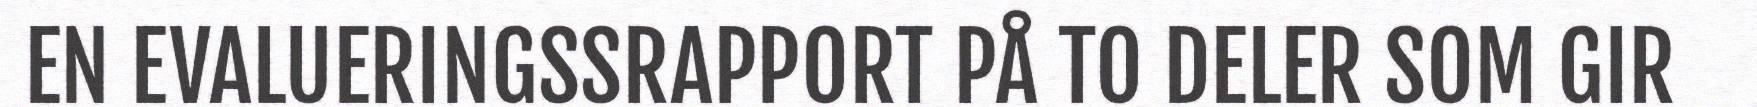
EN EVALUERINGSSRAPPORT PÅ TO DELER SOM GIR